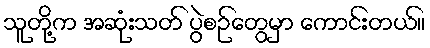
သူတို့က အဆုံးသတ် ပွဲစဉ်တွေမှာ ကောင်းတယ်။